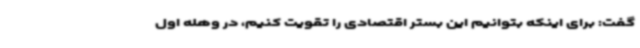
گفت: برای اینکه بتوانیم این بستر اقتصادی را تقویت کنیم، در وهله اول